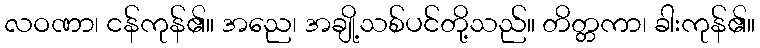
လဝဏာ၊ ငန်ကုန်၏။ အညေ၊ အချို့သစ်ပင်တို့သည်။ တိတ္တကာ၊ ခါးကုန်၏။